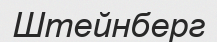
Штейнберг